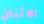
الاثنان